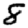
Digit: 8